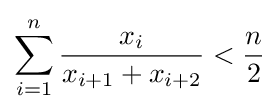
\sum _{i=1}^{n}{\frac {x_{i}}{x_{i+1}+x_{i+2}}}<{\frac {n}{2}}